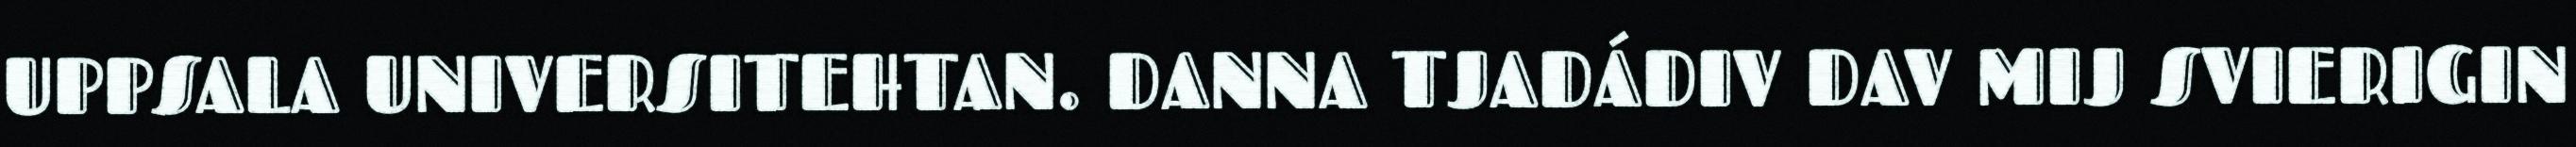
UPPSALA UNIVERSITEHTAN. DANNA TJADÁDIV DAV MIJ SVIERIGIN